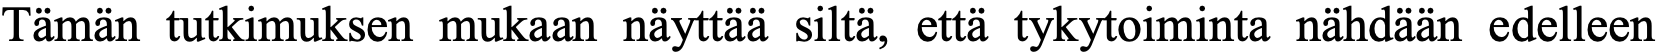
Tämän tutkimuksen mukaan näyttää siltä, että tykytoiminta nähdään edelleen